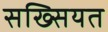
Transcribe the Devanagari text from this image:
सख्सियत